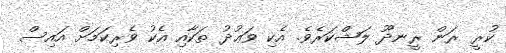
ކުރީ ރަން ރީނދޫ ލަޝްކަރެވެ. އެކި ވަޢުދު ތަކާއި އެކު ވެރިކަމަށް އައިސް